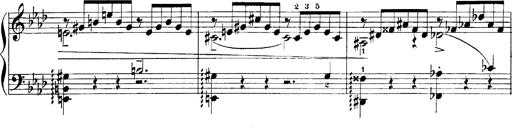
Title: LiebestrÃ¤ume
Composer: Franz Behr
Key: E-flat major